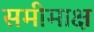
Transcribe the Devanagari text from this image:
समीमाक्ष